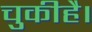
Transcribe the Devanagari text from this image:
चुकीहै।